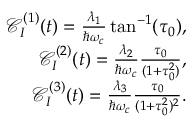
\begin{array} { r l r } & { } & { { \mathcal C } _ { I } ^ { ( 1 ) } ( t ) = \frac { \lambda _ { 1 } } { \hbar \omega _ { c } } \tan ^ { - 1 } ( \tau _ { 0 } ) , } \\ & { } & { { \mathcal C } _ { I } ^ { ( 2 ) } ( t ) = \frac { \lambda _ { 2 } } { \hbar \omega _ { c } } \frac { \tau _ { 0 } } { ( 1 + \tau _ { 0 } ^ { 2 } ) } , } \\ & { } & { { \mathcal C } _ { I } ^ { ( 3 ) } ( t ) = \frac { \lambda _ { 3 } } { \hbar \omega _ { c } } \frac { \tau _ { 0 } } { ( 1 + \tau _ { 0 } ^ { 2 } ) ^ { 2 } } . } \end{array}